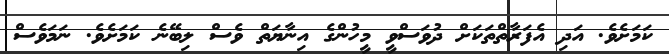
ކަމަށެވެ. އަދި އެފަރާތްތަކަށް ދުވަސްވީ މީހުންގެ އިނާޔަތް ވެސް ލިބޭނެ ކަމަށެވެ. ނަމަވެސް